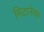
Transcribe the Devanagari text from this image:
मिटानेका